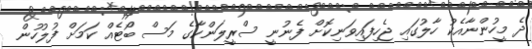
ދެ މީހުންނާއެކު ހާލުގައި ޖެހިފައިވަނިކޮށް ފެނުނީ ސްރީލަންކާގެ މަސް ބޯޓެއް ކަމަށް ފުލުހުން